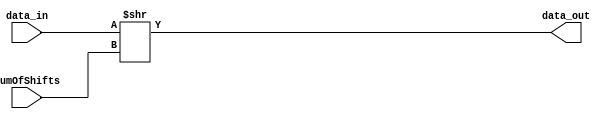
//shr_op.v, 32-bit SHIFT RIGHT operation module
`timescale 1ns/10ps

module shr_op (
	input wire [31:0] data_in,
	input wire [31:0] numOfShifts,
	output wire [31:0] data_out
);
//shifts the input data the given number of shifts to the right and the result is set to data_out, logical shift fills shift with zeros
	assign data_out[31:0] = data_in >> numOfShifts; 

endmodule